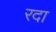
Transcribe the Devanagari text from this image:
रदा